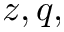
z , q ,